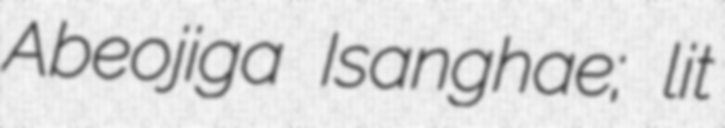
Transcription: Abeojiga Isanghae; lit